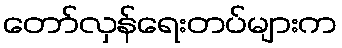
တော်လှန်ရေးတပ်များက